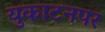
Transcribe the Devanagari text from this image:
युकाटनपर